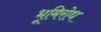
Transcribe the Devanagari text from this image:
भूमिरोध